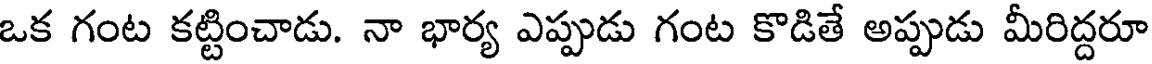
ఒక గంట కట్టించాడు. నా భార్య ఎప్పుడు గంట కొడితే అప్పుడు మీరిద్దరూ